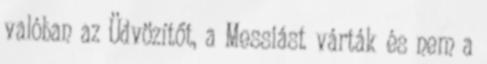
valóban az Üdvözítőt, a Messiást várták és nem a